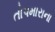
તોપમારાના